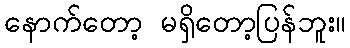
နောက်တော့ မရှိတော့ပြန်ဘူး။